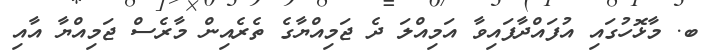
ބ. މާޅޮހުގައި އުފައްދާފައިވާ އަމިއްލަ ދެ ޖަމިއްޔާގެ ތެރެއިން މާރެސް ޖަމިއްޔާ އާއި